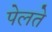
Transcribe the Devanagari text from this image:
पेलते